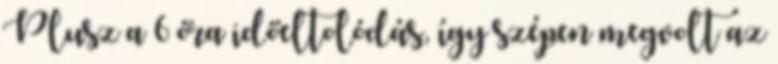
Plusz a 6 óra időeltolódás, így szépen megvolt az